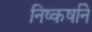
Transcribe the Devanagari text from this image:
निष्कर्षाने